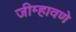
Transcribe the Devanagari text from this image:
जीम्हावणे